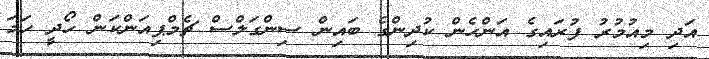
އަދި މިއުމުރު ފުރައިގެ އަންހެން ކުދިންގެ ބައިން ސިންގަލްސް ޗެމްޕިއަންކަން ހޯދީ ހަމަ